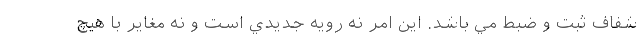
شفاف ثبت و ضبط مي باشد. اين امر نه رويه جديدي است و نه مغاير با هيچ